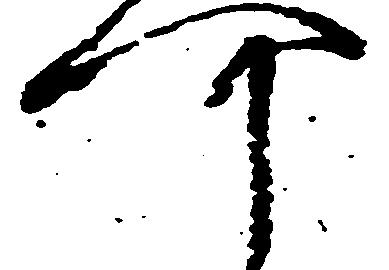
可